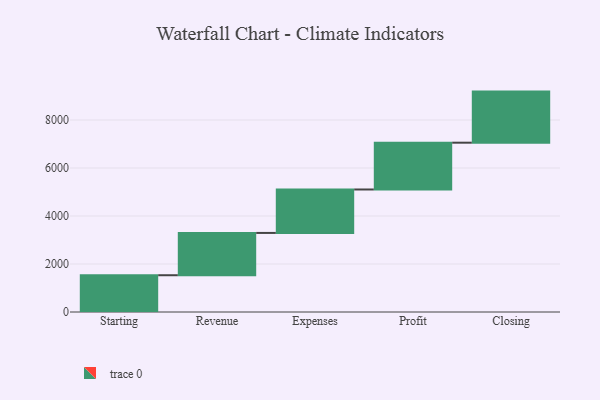
{"axis": {"x": "Step", "y": "Value"}, "legend": [""], "data": [{"x": "Starting", "y": 1532.0, "type": ""}, {"x": "Revenue", "y": 1763.0, "type": ""}, {"x": "Expenses", "y": 1810.0, "type": ""}, {"x": "Profit", "y": 1950.0, "type": ""}, {"x": "Closing", "y": 2129.0, "type": ""}]}